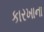
કારખાના